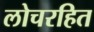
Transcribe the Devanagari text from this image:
लोचरहित